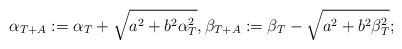
LaTeX: \begin{align*} \alpha_{T+A} := \alpha_T+\sqrt{a^2+b^2\alpha_T^2}, \beta_{T+A}:=\beta_T-\sqrt{a^2+b^2\beta_T^2};\end{align*}